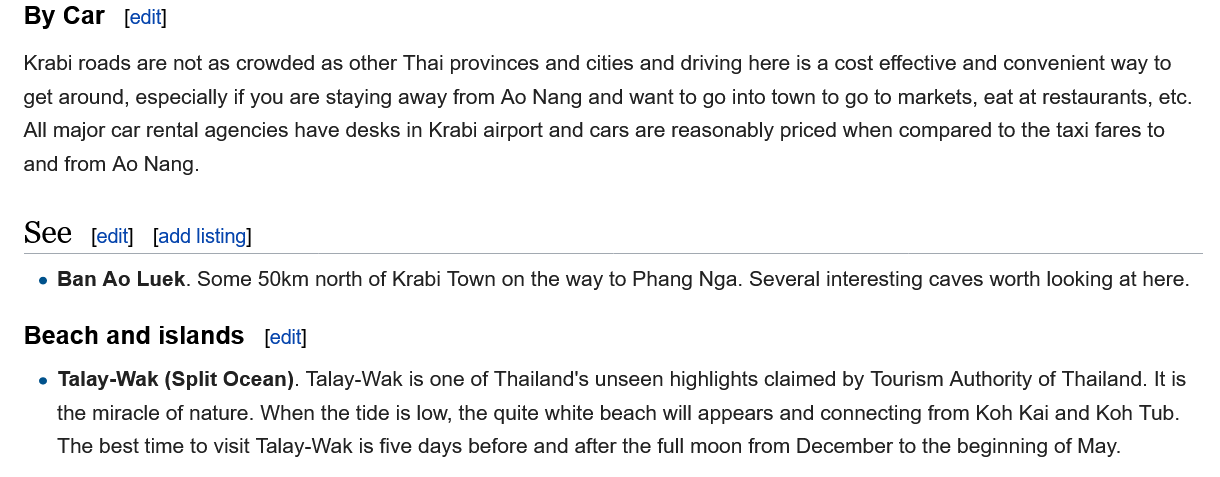
Beach and islands
    e Talay-Wak (Split Ocean). Talay-Wak is one of Thailand's unseen highlights claimed by Tourism Authority of Thailand. It is
     the miracle of nature. When the tide is low, the quite white beach will appears and connecting from Koh Kai and Koh Tub.
     The best time to visit Talay-Wak is five days before and after the full moon from December to the beginning of May.
   By Car   [edit]
   Krabi roads are not as crowded as other Thai provinces and cities and driving here is a cost effective and convenient way to
   get around, especially if you are staying away from Ao Nang and want to go into town to go to markets, eat at restaurants, etc
   All major car rental agencies have desks in Krabi airport and cars are reasonably priced when compared to the taxi fares to
   and from Ao Nang.
   See   [edit] [add listing]
    e Ban Ao Luek. Some 50km north of Krabi Town on the way to Phang Nga. Several interesting caves worth looking at here.
     [edit]